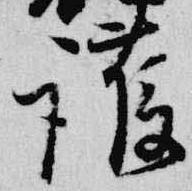
護